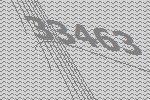
33463